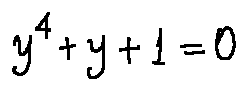
y ^ { 4 } + y + 1 = 0